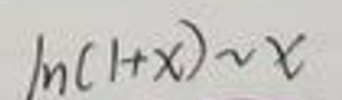
\[\ln(1 + x)\sim x\]